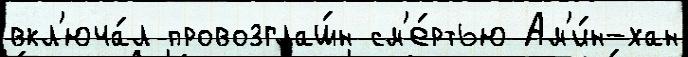
вкл'юча́л провозглаш́н см'е́ртью Ам'и́н-хан